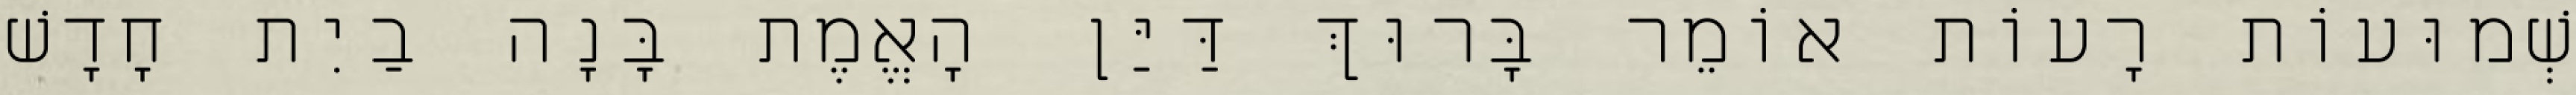
שְׁמוּעוֹת רָעוֹת אוֹמֵר בָּרוּךְ דַּיַּן הָאֱמֶת בָּנָה בַיִת חָדָשׁ